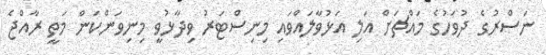
ނަސްރުގެ ދުވަހުގެ މައްޗަށް އަލި އަޅުވާލައްވައި މިނިސްޓަރު ވިދާޅުވީ މިނިވަންކަން މަތީ ރާއްޖެ